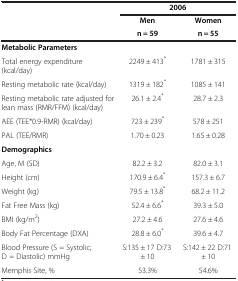
|  | <COLSPAN=2> 2006 |
 |  | Men | Women |
 |  | n = 59 | n = 55 |
 | --- | --- | --- |
 | <COLSPAN=3> Metabolic Parameters |
 | Total energy expenditure (kcal/day) | 2249 ± 413* | 1781 ± 315 |
 | Resting metabolic rate (kcal/day) | 1319 ± 182* | 1085 ± 141 |
 | Resting metabolic rate adjusted for lean mass (RMR/FFM) (kcal/day) | 26.1 ± 2.4* | 28.7 ± 2.3 |
 | AEE (TEE*0.9-RMR) (kcal/day) | 723 ± 239* | 578 ± 251 |
 | PAL (TEE/RMR) | 1.70 ± 0.23 | 1.65 ± 0.28 |
 | <COLSPAN=3> Demographics |
 | Age, M (SD) | 82.2 ± 3.2 | 82.0 ± 3.1 |
 | Height (cm) | 170.9 ± 6.4* | 157.3 ± 6.7 |
 | Weight (kg) | 79.5 ± 13.8* | 68.2 ± 11.2 |
 | Fat Free Mass (kg) | 52.4 ± 6.6* | 39.3 ± 5.0 |
 | BMI (kg/m2) | 27.2 ± 4.6 | 27.6 ± 4.6 |
 | Body Fat Percentage (DXA) | 28.8 ± 6.0* | 39.6 ± 4.7 |
 | Blood Pressure (S = Systolic; D = Diastolic) mmHg | S:135 ± 17 D:73 ± 10 | S:142 ± 22 D:71 ± 10 |
 | Memphis Site, % | 53.3% | 54.6% |